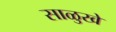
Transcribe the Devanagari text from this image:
साळुखे